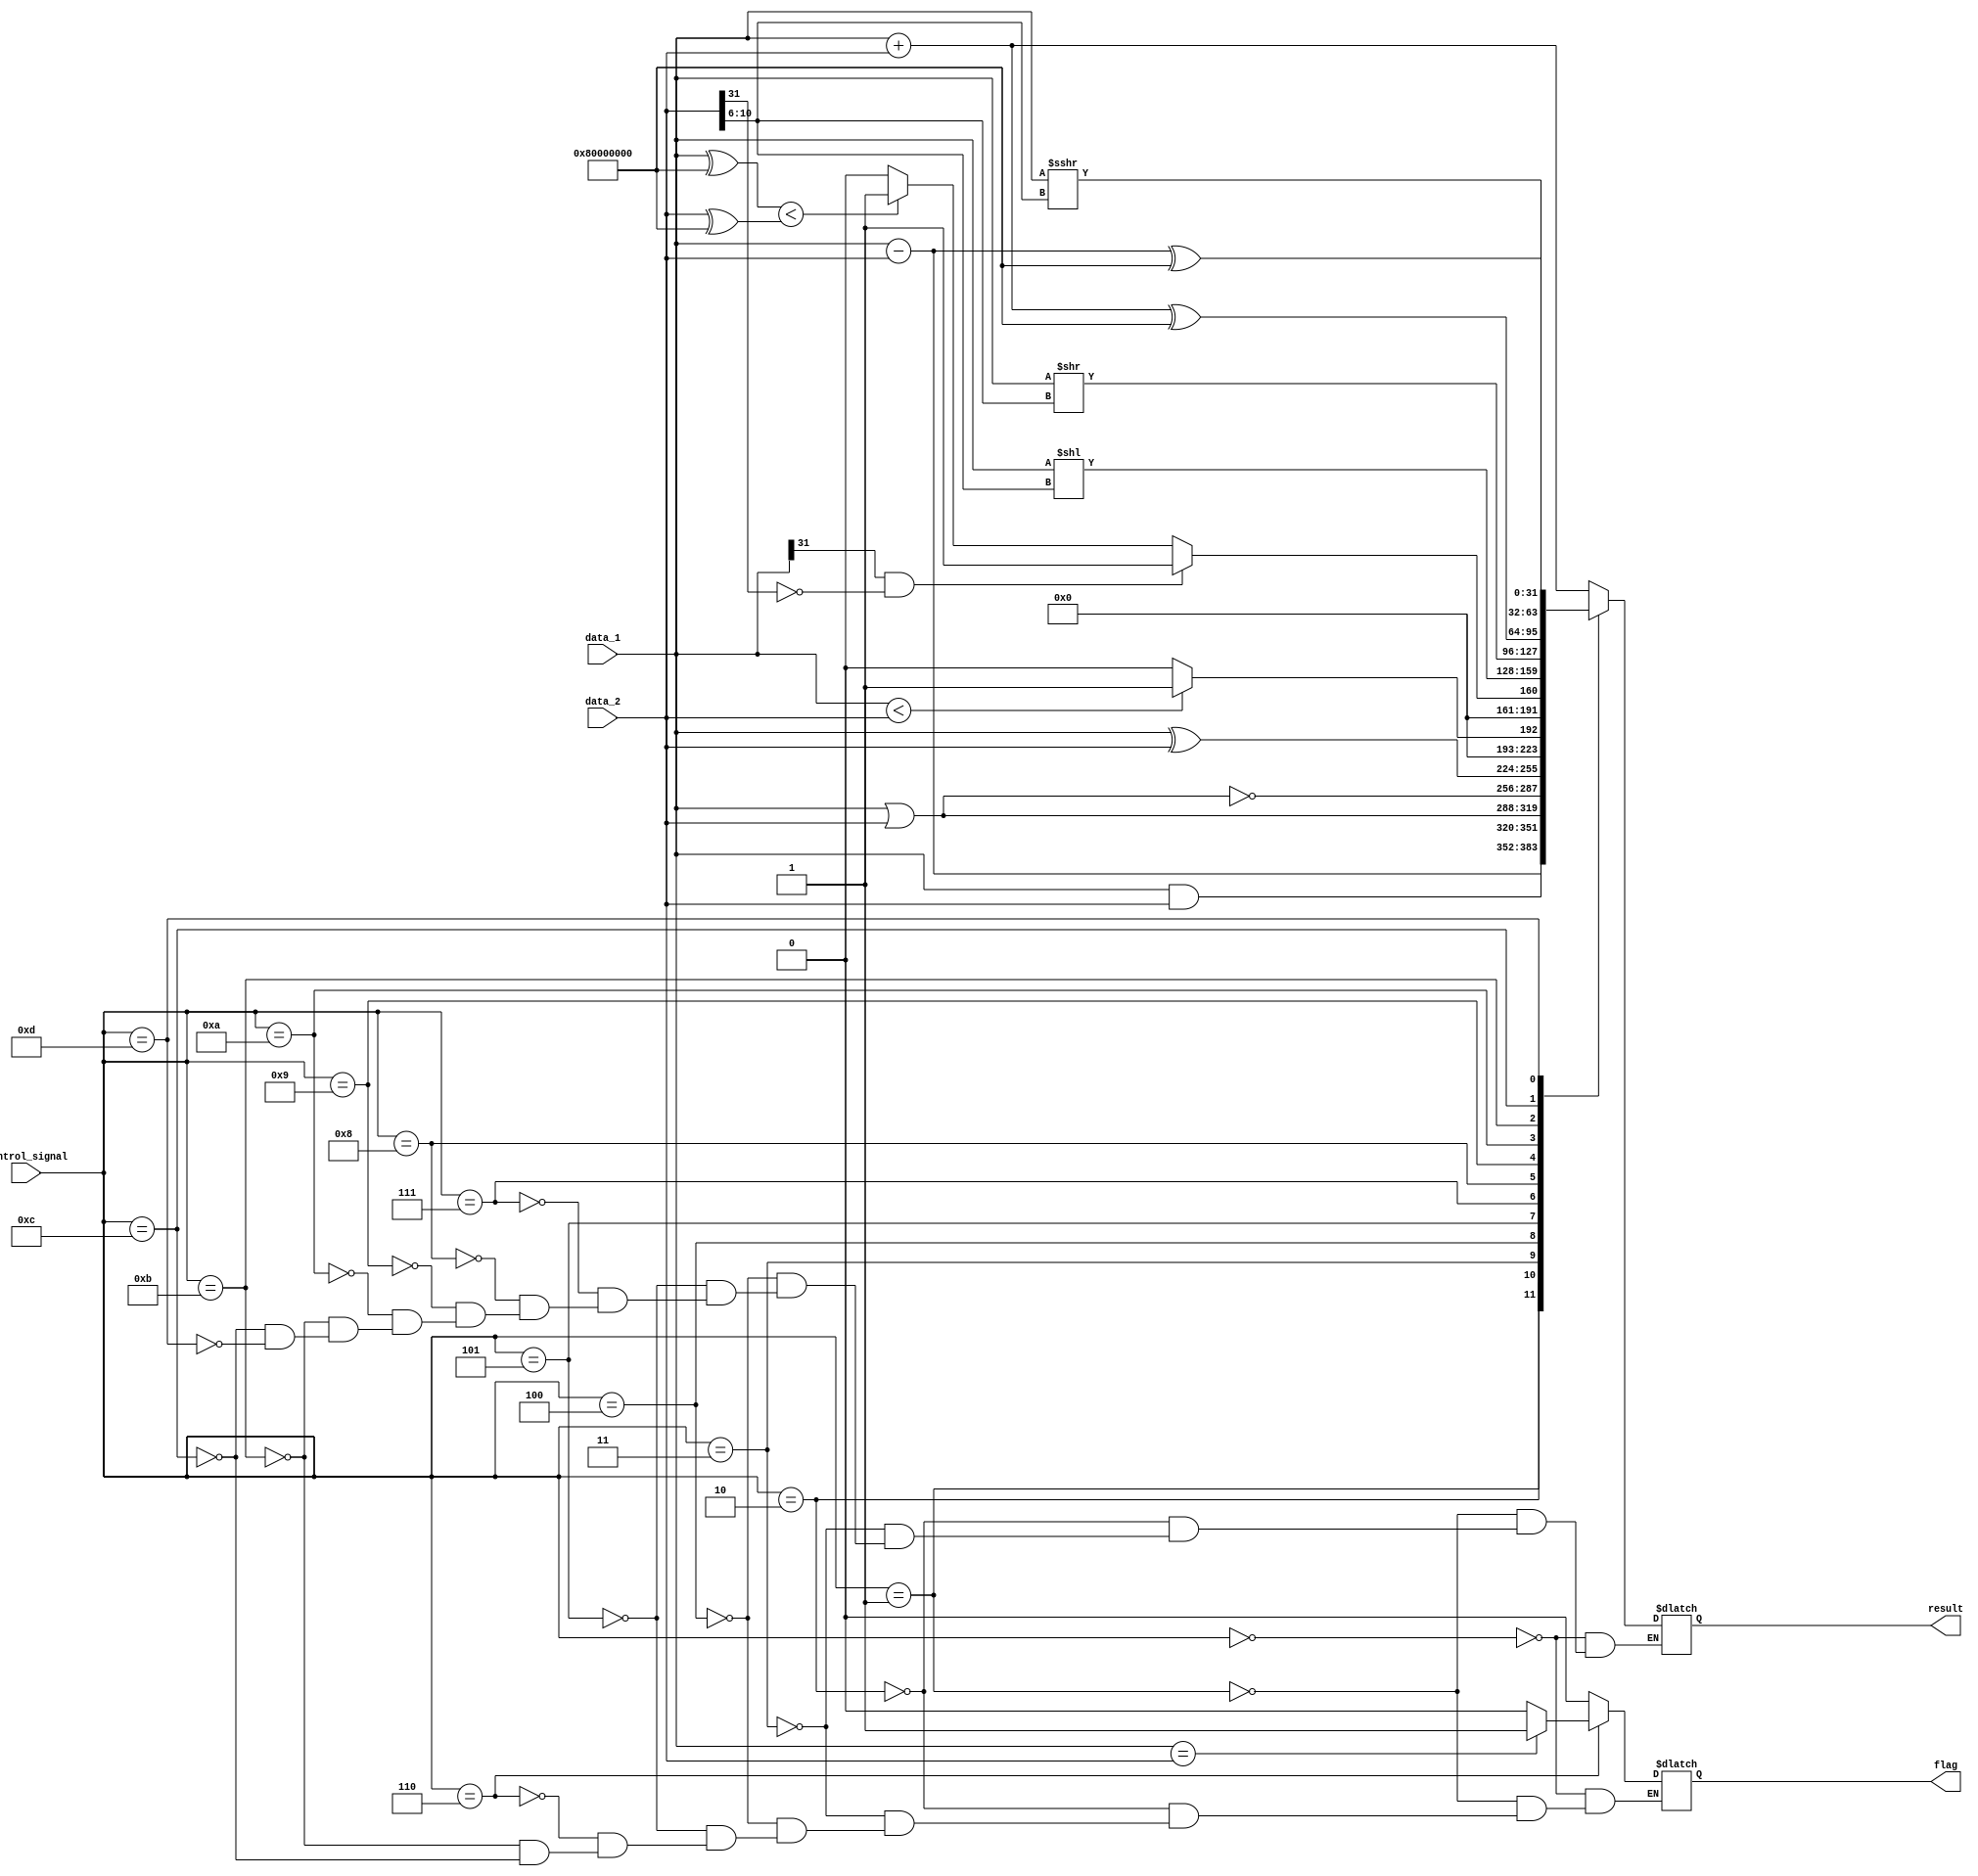
module ALU(result,flag,data_1,data_2,control_signal);
output reg [31:0]result;
output reg flag;
input      [31:0]data_1,data_2;
input      [04:0]control_signal;
reg signed [31:0]signed_data_1,signed_data_2;

always@(*)begin 
signed_data_1=data_1;
signed_data_2=data_2;
case(control_signal)
5'b00000:begin result=data_1+data_2;    flag=0;	    end   //add
5'b00001:begin result=data_1-data_2;    flag=0;	    end   //sub
5'b00010:begin result=data_1&data_2;    flag=0;	    end   //and
5'b00011:begin result=data_1|data_2;    flag=0;     end   //or
5'b00100:begin result=~(data_1|data_2); flag=0;     end   //nor
5'b00101:begin result=data_1^data_2;    flag=0;     end   //xor
5'b00110:begin if(data_1==data_2)       flag=1; 
				else                    flag=0;     end   //flag
5'b00111:begin if(data_1<data_2)        result=1; 
				else                    result=0;   end   //set_on_lessthan_unsigned
5'b01000:begin if(data_1[31]&(~data_2[31])) result=1;
			else if((data_1^(32'h80000000))<(data_2^(32'h80000000)))        result=1; 
			else                    result=0;   end   //set_on_lessthan		
5'b01001:begin result=data_1<<data_2[10:6];         end   //shift left logical
5'b01010:begin result=data_1>>data_2[10:6];         end   //shift right logical	
5'b01011:begin result=((data_1+data_2)^(32'h80000000));    flag=0;	    end   //add_unsigned
5'b01100:begin result=((data_1-data_2)^(32'h80000000));    flag=0;	    end   //sub_unsigned
5'b01101:begin result=data_1>>>data_2[10:6];         end   //shift right arithmetic	
default:;
endcase
end
endmodule

module t_ALU;
wire   [31:0]result;
wire   flag;
reg    [31:0]data_1,data_2;
reg    [04:0]control_signal;

ALU f(result,flag,data_1,data_2,control_signal);

initial begin
     data_1=32'd67;data_2=32'd33;control_signal=5'b00010;
#100 data_1=32'd67;data_2=32'd33;control_signal=5'b00011;
#100 data_1=32'd67;data_2=32'd0;control_signal=5'b00011;
#100 data_1=32'd67;data_2=32'd0;control_signal=5'b00100;
#100 data_1=32'd33;data_2=32'd33;control_signal=5'b00101;
#100 data_1=32'd33;data_2=32'd32;control_signal=5'b00101;
#100 data_1=32'h80000032;data_2=32'h33;control_signal=5'b00111;
#100 data_1=32'h80000032;data_2=32'h31;control_signal=5'b01000;
#100 data_1=32'h80000032;data_2=32'h80000031;control_signal=5'b01000;
#100 data_1=32'd1;data_2=32'd128;control_signal=5'b01001;
#100 data_1=32'd4;data_2=32'd128;control_signal=5'b01010;
#100 data_1=32'd2147483648;data_2=32'd0;control_signal=5'b01011;
#100 data_1=32'hffff1244;data_2=32'h128;control_signal=5'b01101;
#100 data_1=32'h80000000;data_2=32'h88;control_signal=5'b01101;
end
endmodule